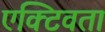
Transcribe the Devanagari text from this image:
एक्टिवता